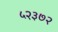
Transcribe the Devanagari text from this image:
५२३७२